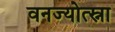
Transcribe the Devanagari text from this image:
वनज्योत्स्ना